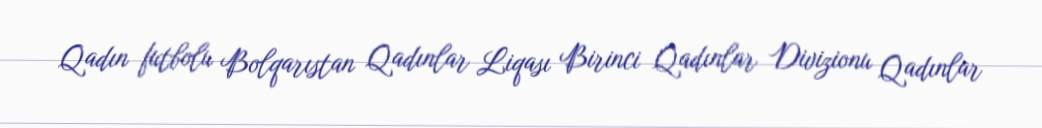
Qadın futbolu Bolqarıstan Qadınlar Liqası Birinci Qadınlar Divizionu Qadınlar